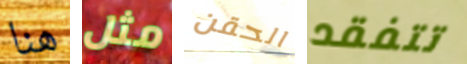
هنا مثل الحقن تتفقد